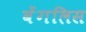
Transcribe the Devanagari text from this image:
बेंगलिस